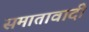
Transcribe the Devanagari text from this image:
समातावादी